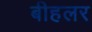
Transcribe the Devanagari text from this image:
बीहलर